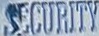
SECURITY